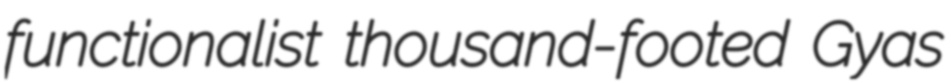
functionalist thousand-footed Gyas